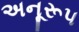
અનૂરૂપ